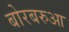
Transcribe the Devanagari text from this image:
बोरबरुआ